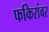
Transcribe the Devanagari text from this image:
फकिरांवर